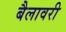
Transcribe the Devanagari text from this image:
बैलावरी